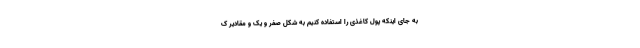
به جای اینکه پول کاغذی را استفاده کنیم به شکل صفر و یک و مقادیر ک